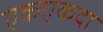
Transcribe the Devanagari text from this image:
एकएकदा